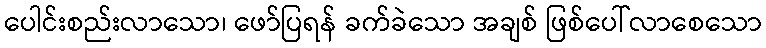
ပေါင်းစည်းလာသော၊ ဖော်ပြရန် ခက်ခဲသော အချစ် ဖြစ်ပေါ်လာစေသော